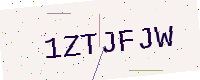
Text: 1ZTJFJW